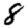
Digit: 8